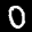
Label: 0